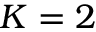
K = 2